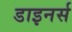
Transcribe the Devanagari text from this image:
डाइनर्स